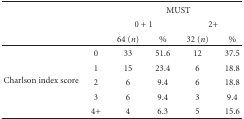
|  |  | <COLSPAN=4> MUST |
 |  |  | <COLSPAN=2> 0 + 1 | <COLSPAN=2> 2+ |
 |  |  | 64 (n) | % | 32 (n) | % |
 | --- | --- | --- | --- | --- | --- |
 | <ROWSPAN=5> Charlson index score | 0 | 33 | 51.6 | 12 | 37.5 |
 | 1 | 15 | 23.4 | 6 | 18.8 |
 | 2 | 6 | 9.4 | 6 | 18.8 |
 | 3 | 6 | 9.4 | 3 | 9.4 |
 | 4+ | 4 | 6.3 | 5 | 15.6 |